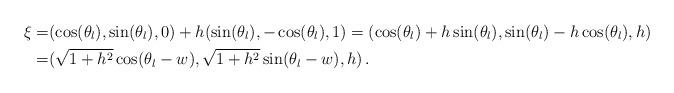
LaTeX: \begin{align*}\xi=&(\cos(\theta_l),\sin(\theta_l),0)+h(\sin(\theta_l),-\cos(\theta_l),1)=(\cos(\theta_l)+h\sin(\theta_l),\sin(\theta_l)-h\cos(\theta_l),h) \\=&(\sqrt{1+h^2}\cos(\theta_l-w),\sqrt{1+h^2}\sin(\theta_l-w),h)\,.\end{align*}